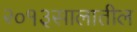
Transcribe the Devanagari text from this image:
२०१३सालातील